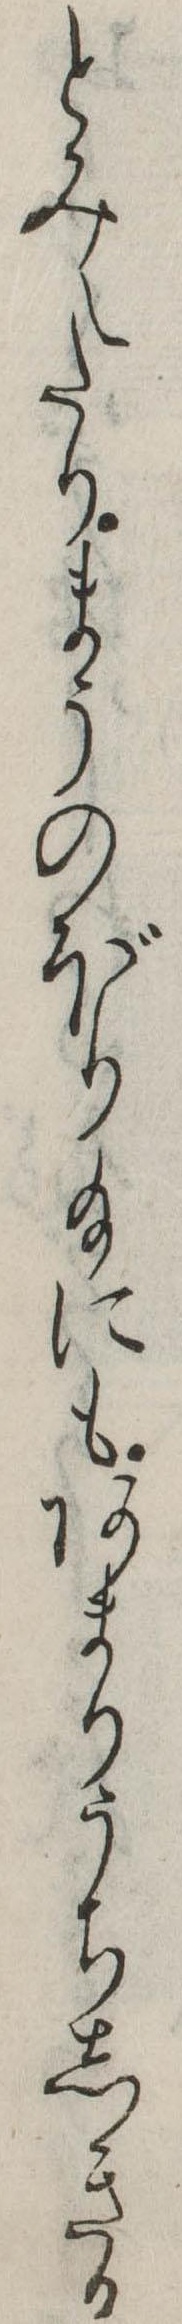
とみえたりまうのぼり給にもあまりうちしきる